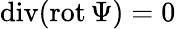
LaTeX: \mathrm{div}(\mathrm{rot}\, \Psi)=0